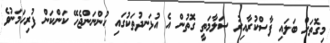
މިގޮތަށް ބަލައި ފާސްކުރާއިރު ސަލާމަތީ ގޮތުން އެ އުޅަނދުތަކުގައި ހުންނަންޖެހޭ ކަންކަން ފުރިހަމަނުވެ